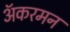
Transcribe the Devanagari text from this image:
अॅकरमन